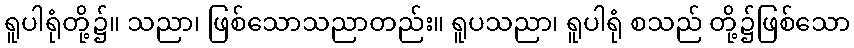
ရူပါရုံတို့၌။ သညာ၊ ဖြစ်သောသညာတည်း။ ရူပသညာ၊ ရူပါရုံ စသည် တို့၌ဖြစ်သော